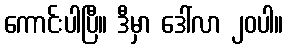
ကောင်းပါပြီ။ ဒီမှာ ဒေါ်လာ ၂၀ပါ။